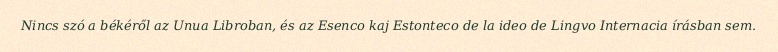
Nincs szó a békéről az Unua Libroban, és az Esenco kaj Estonteco de la ideo de Lingvo Internacia írásban sem.